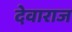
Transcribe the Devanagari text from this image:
देवाराज